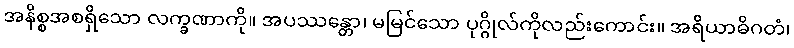
အနိစ္စအစရှိသော လက္ခဏာကို။ အပဿန္တော၊ မမြင်သော ပုဂ္ဂိုလ်ကိုလည်းကောင်း။ အရိယာဓိဂတံ၊